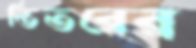
ভিতরের